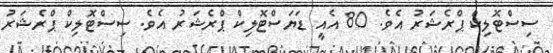
ސިސްޓޮލިކް ޕްރެޝަރު އެވެ. 80 އެއީ ޑަޔަސްޓޮލިކް ޕްރެޝަރު އެވެ. ސިސްޓޮލިކް ޕްރެޝަރު